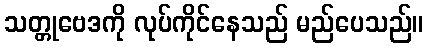
သတ္တုဗေဒကို လုပ်ကိုင်နေသည် မည်ပေသည်။